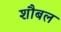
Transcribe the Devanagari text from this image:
शौबल